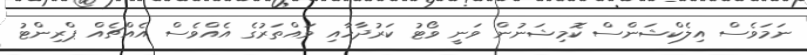
ނަމަވެސް އިލެކްޝަންސް ކޮމިޝަނުން ވަނީ ވޯޓު ކަރުދާހާއި ވައްތަރުގެ އެއްވެސް އެއްޗެއް ޕްރިންޓު